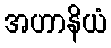
အဟာနိယံ